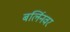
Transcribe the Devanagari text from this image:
बर्लिनवर